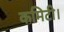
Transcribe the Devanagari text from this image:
कमिटी।